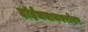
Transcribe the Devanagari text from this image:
दॉईचबानबरोबर